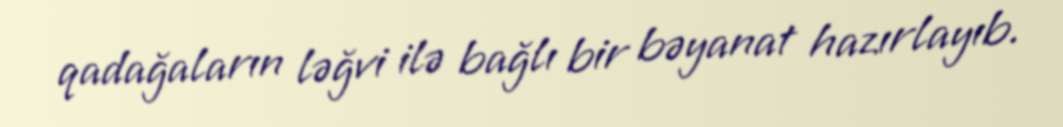
qadağaların ləğvi ilə bağlı bir bəyanat hazırlayıb.